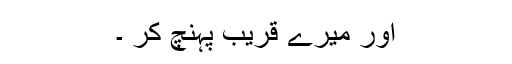
اور میرے قریب پہنچ کر ۔